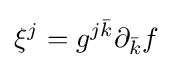
\xi ^{j}=g^{j{\bar {k}}}\partial _{\bar {k}}f